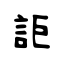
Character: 詎